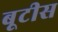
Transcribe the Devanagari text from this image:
बूटीस